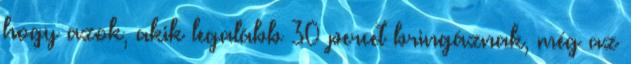
hogy azok, akik legalább 30 percet bringáznak, még az